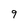
Character: 9